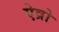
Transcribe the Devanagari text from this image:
ऐव्रो